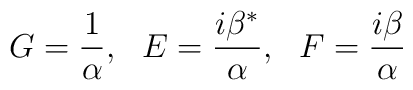
G=\frac 1\alpha, ~~ E=\frac{i\beta ^{*}}\alpha, ~~ F=\frac{i\beta }\alpha